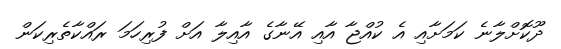
ދޫކޮށްލާނެ ކަމަށާއި އެ ކުއްޖާ އާއި އޭނާގެ އާއިލާ އަށް ފުރިހަމަ ރައްކާތެރިކަން